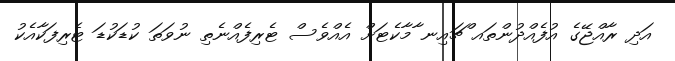
އަދި ރާއްޖޭގެ އުފެއްދުންތައ ްޗައިނ ާމާކެޓަށް އެއްވެސް ޓެރިފެއްނެތި ނުވަތަ ކުޑަކުޑަ ޓެރިފަކާއެކު